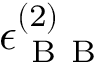
\epsilon _ { \mathrm { ~ B ~ B ~ } } ^ { ( 2 ) }